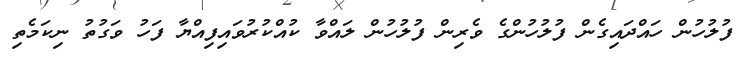
ފުލުހުން ހައްދައިގެން ފުލުހުންގެ ވެރިން ފުލުހުން ލައްވާ ކުއްކުރުވައިފިއްޔާ ފަހު ވަގުތު ނިކަމެތި